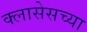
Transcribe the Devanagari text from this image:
क्लासेसच्या